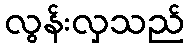
လွန်းလှသည်